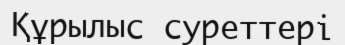
Құрылыс суреттері